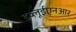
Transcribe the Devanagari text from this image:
डब्लूईएनआर